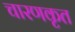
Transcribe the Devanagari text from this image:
चारणकृत